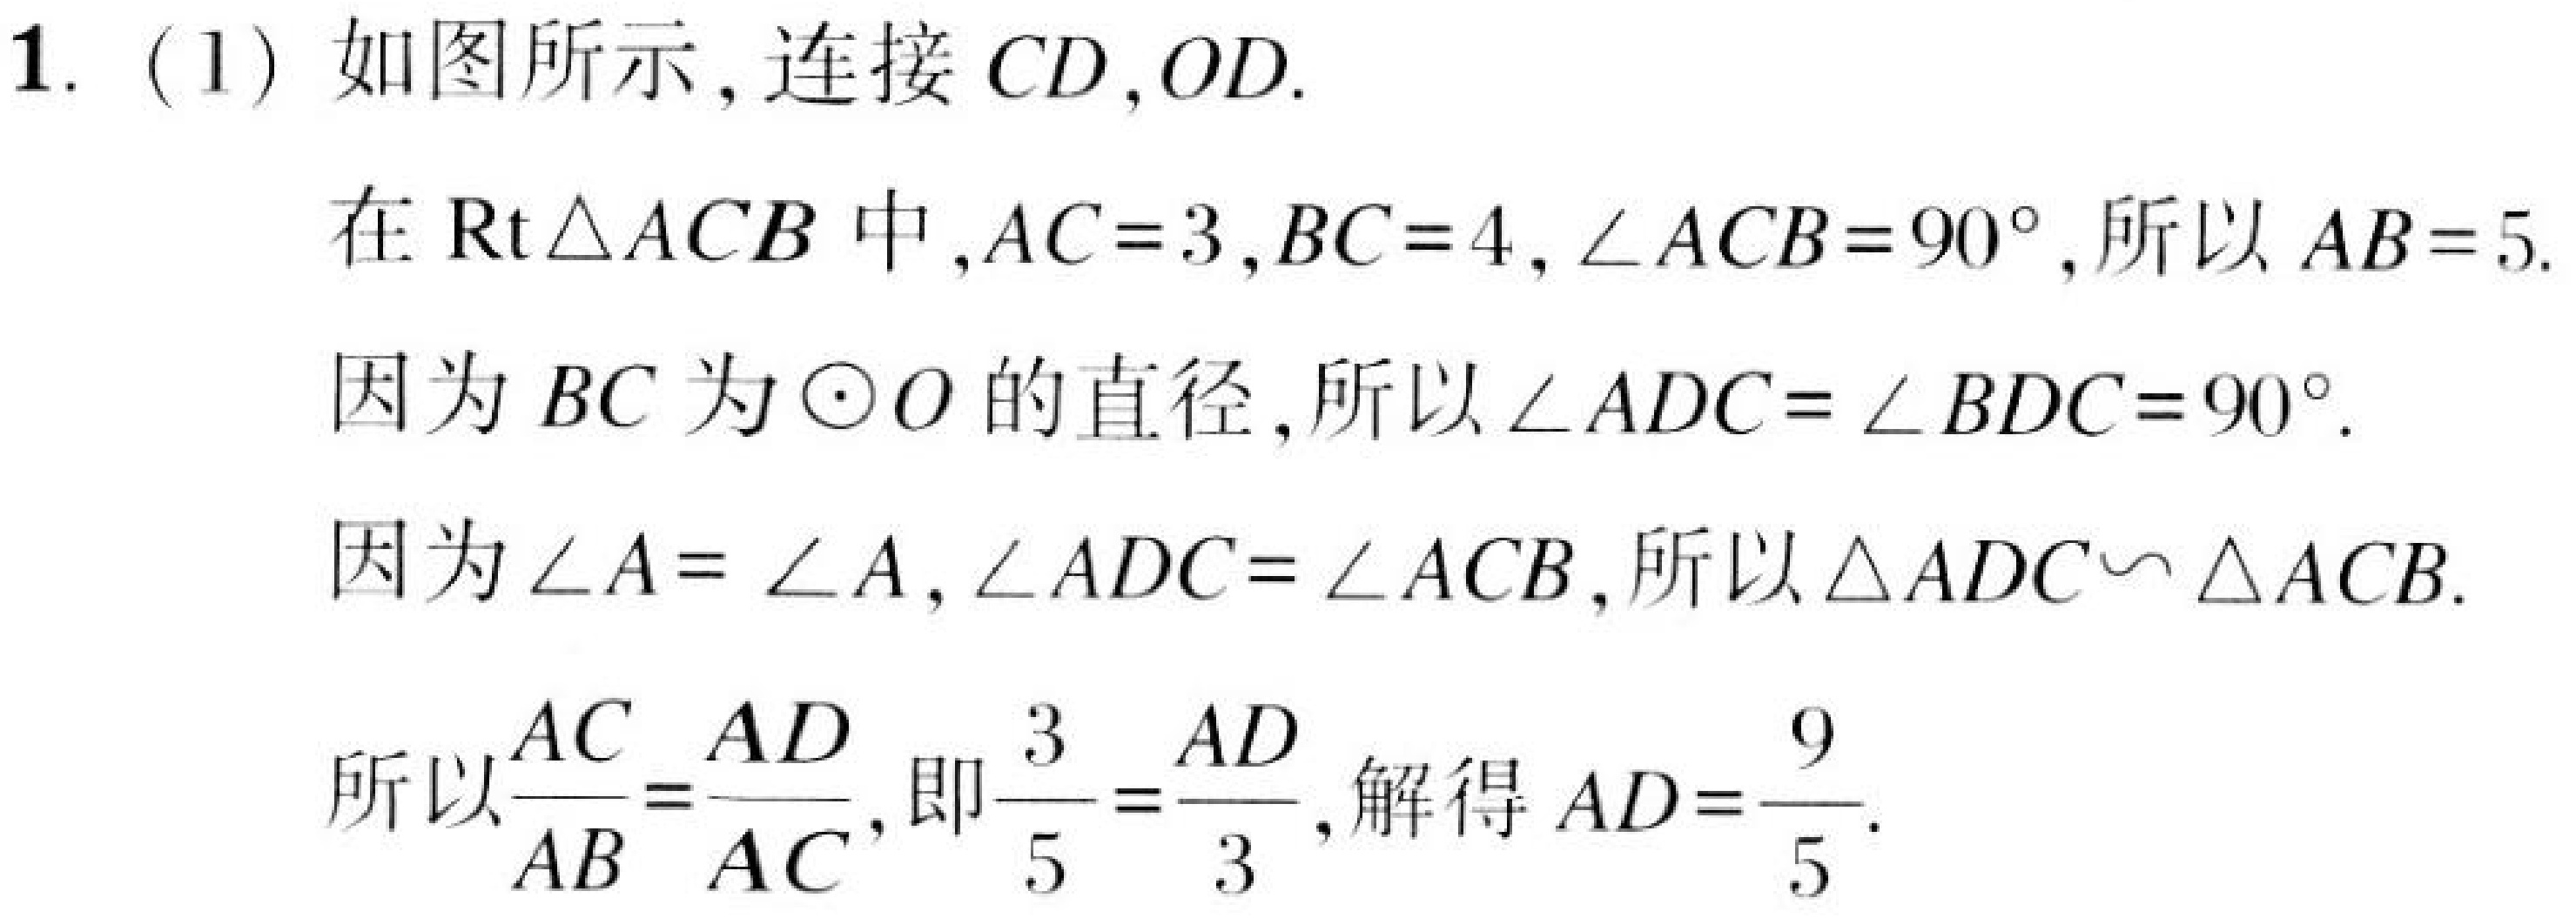
1. (1) 如图所示，连接$CD,OD.$
在$\mathrm{Rt}\triangle ACB$中，$AC = 3,BC = 4,\angle ACB = 90^{\circ}$，所以$AB = 5.$
因为$BC$为$\odot O$的直径，所以$\angle ADC=\angle BDC = 90^{\circ}.$
因为$\angle A=\angle A,\angle ADC=\angle ACB$，所以$\triangle ADC\backsim\triangle ACB.$
所以$\frac{AC}{AB}=\frac{AD}{AC}$，即$\frac{3}{5}=\frac{AD}{3}$，解得$AD=\frac{9}{5}.$